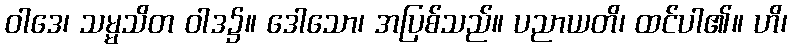
ဝါဒေ၊ သမ္မသိတ ဝါဒ၌။ ဒေါသော၊ အပြစ်သည်။ ပညာယတိ၊ ထင်ပါ၏။ ဟိ၊